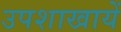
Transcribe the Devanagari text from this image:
उपशाखायें